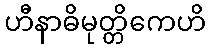
ဟီနာဓိမုတ္တိကေဟိ